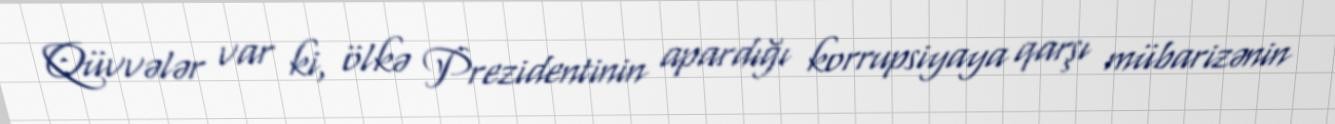
Qüvvələr var ki, ölkə Prezidentinin apardığı korrupsiyaya qarşı mübarizənin